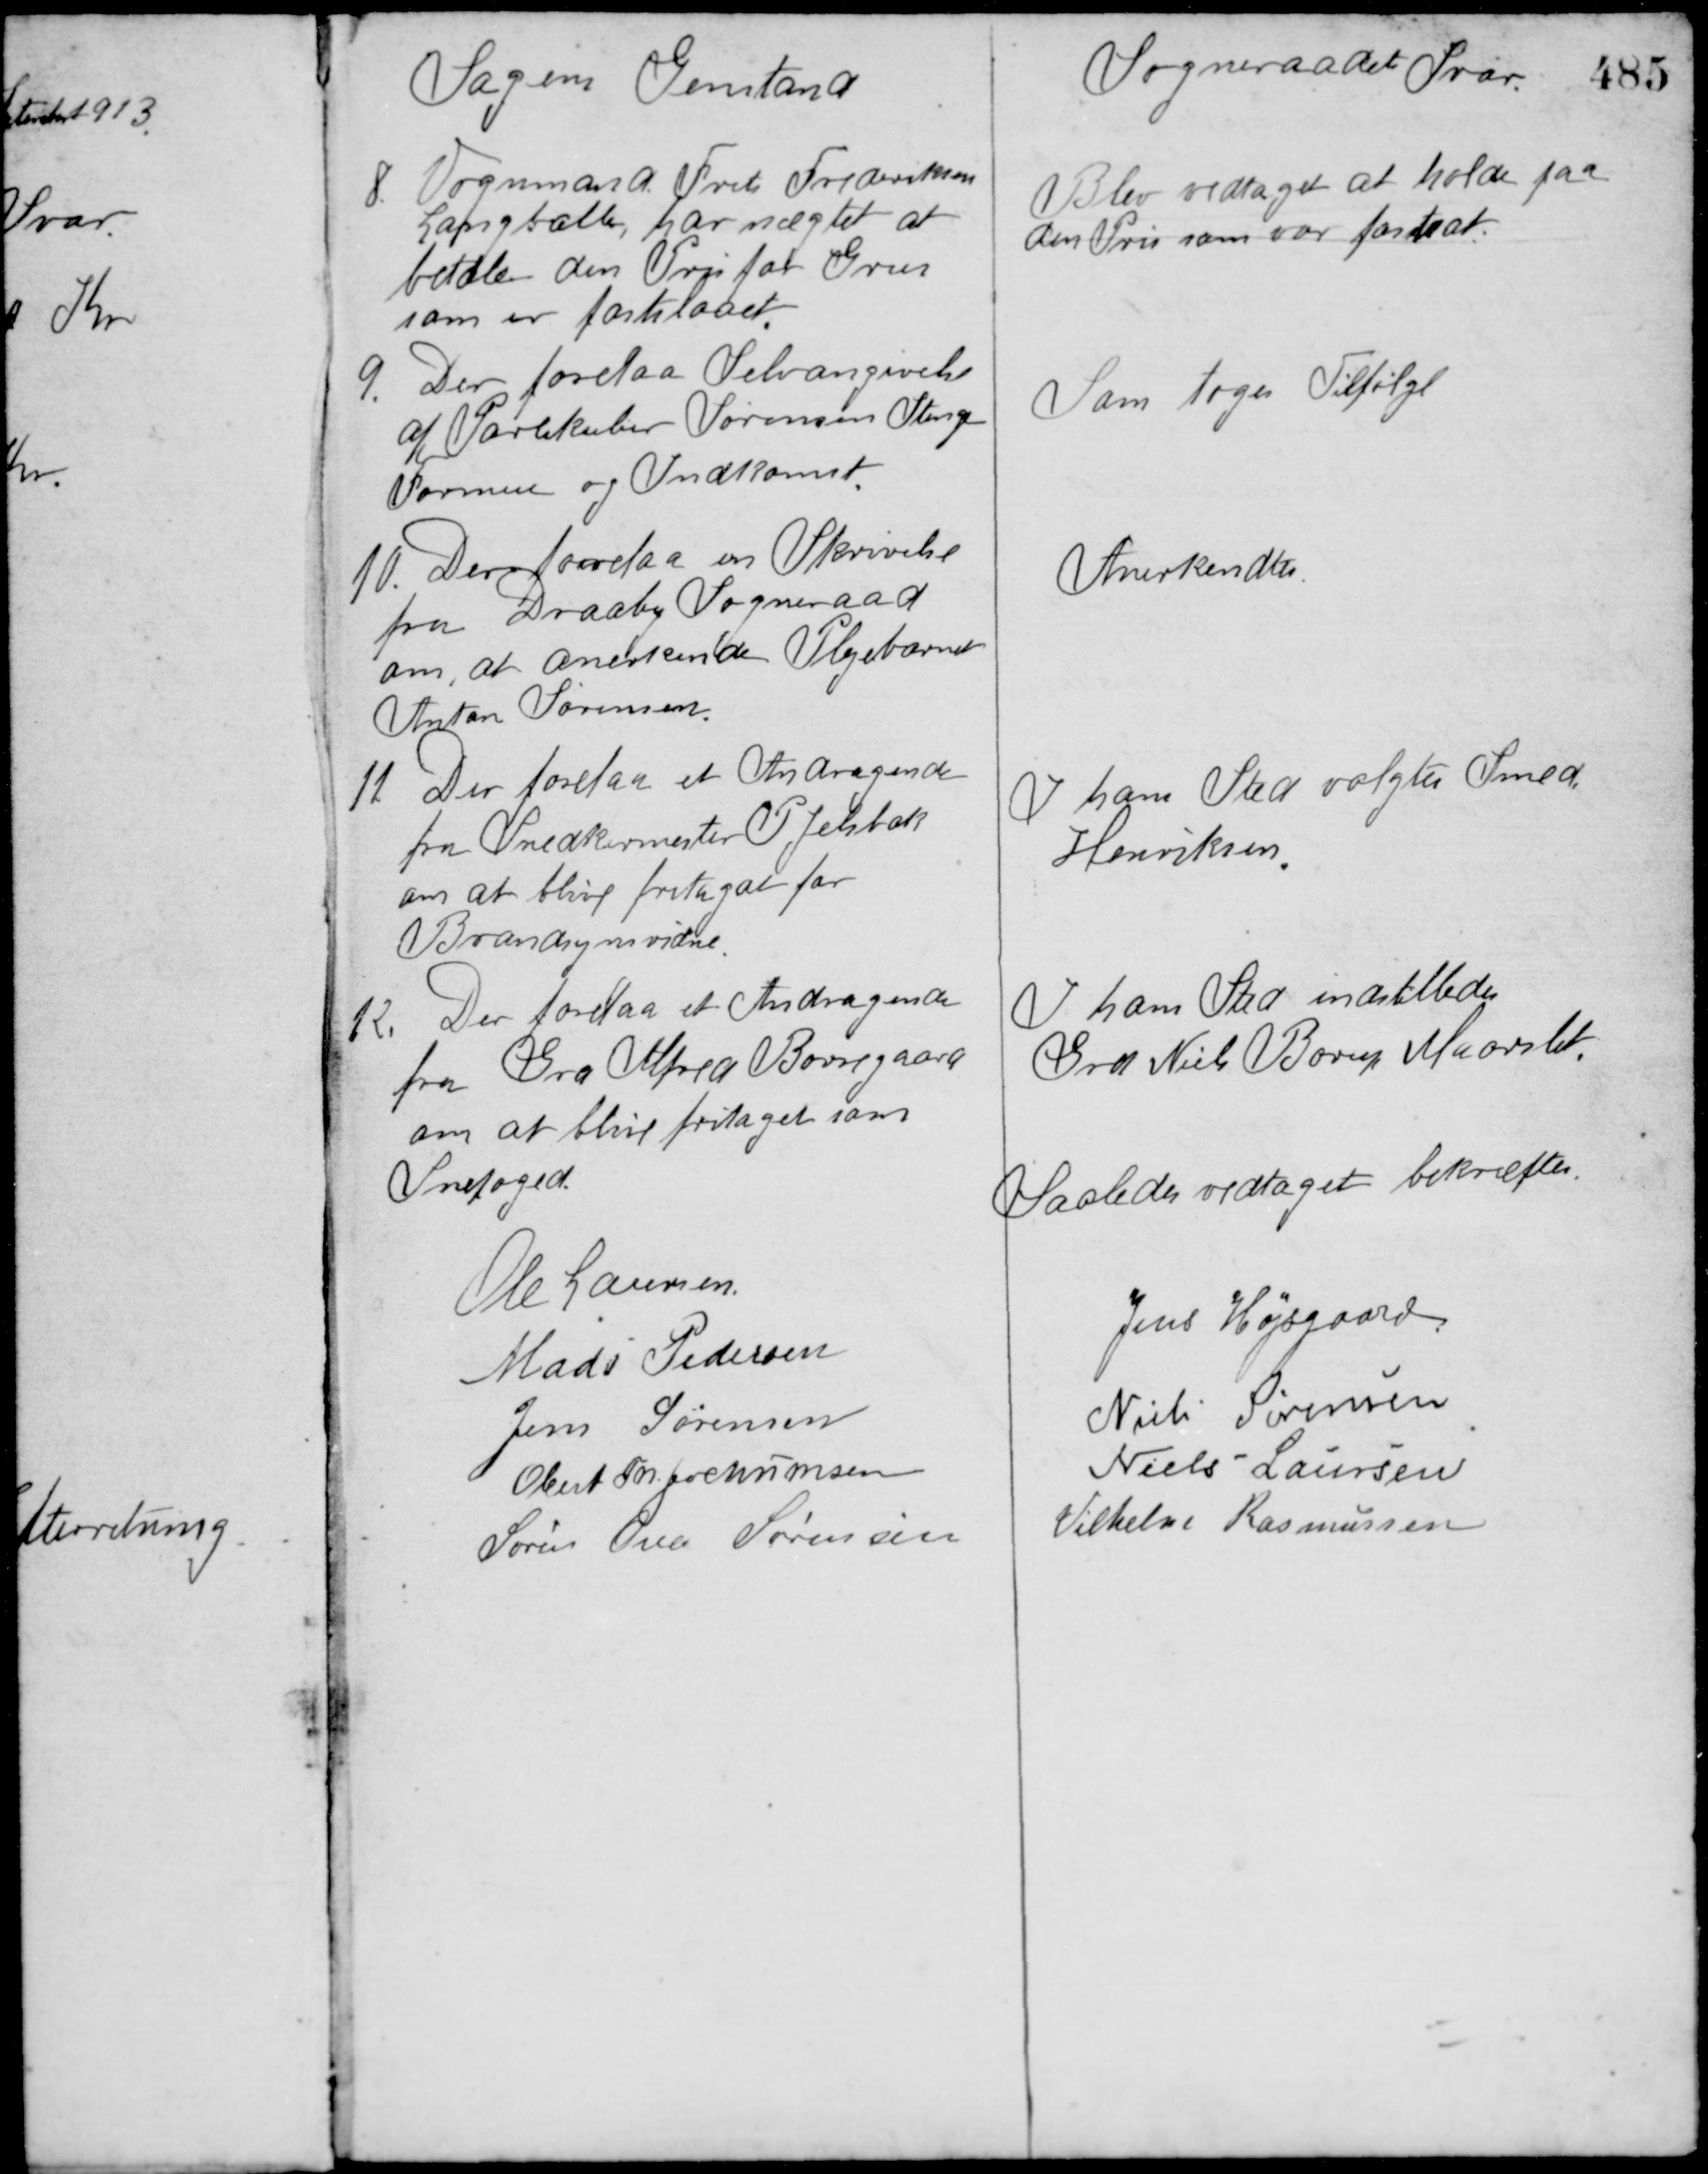
Transskription:
Sagens Genstand

Sogneraadets Svar

8. Vognmand Frits Frederiksen
Langballe, har nægtet at
betale den Pris for Grus
som er fastslaaet.

Blev vedtaget at holde paa
den Pris som var fastsat.

9. Der forelaa Selvangivelse
af Parlskaber Sørensen Stengs
Formue og Indkomst.

Som toges Tilfølge

10. Der forelaa en Skrivelse
fra Draaby Sogneraad
om, at anerkende Plejebarnet
Anton Sørensen.

Anerkendtes.

11. Der forelaa et Andragende
fra Snedkermester P. Jelsbak
om at blive fritaget for
Brandsynsvidne.

I hans Sted valgtes Smed
Henriksen

12. Der forelaa et Andragende
fra Grd. Alfred Borregaard
om at blive fritaget som
Snefoged.

I hans Sted indstilledes
Grd. Niels Borup Maarslet.

Saaledes vedtaget bekræftes

Ole Laursen

Mads Pedersen

Jens Højsgaard

Jens Sørensen

Niels Sørensen

Obert Th. Jochumsen

Niels Laursen

Søren Ove Sørensen

Vilhelm Rasmussen